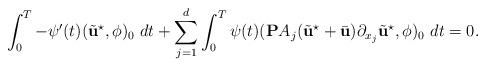
LaTeX: \begin{align*}\int_{0}^{T} - \psi'(t) (\tilde{\textbf{u}}^{\star}, \phi)_{0} ~ dt + \sum_{j=1}^{d}\int_{0}^{T} \psi(t) (\textbf{P} A_{j}(\tilde{\textbf{u}}^{\star}+\bar{\textbf{u}})\partial_{x_{j}}\tilde{\textbf{u}}^{\star}, \phi)_{0} ~ dt = 0.\end{align*}